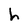
Character: h